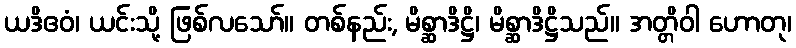
ယဒိဧဝံ၊ ယင်းသို့ ဖြစ်လသော်။ တစ်နည်း, မိစ္ဆာဒိဋ္ဌိ၊ မိစ္ဆာဒိဋ္ဌိသည်။ အတ္တိဝါ ဟောတု၊